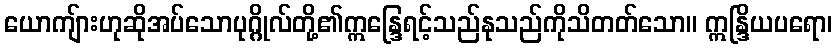
ယောကျ်ားဟုဆိုအပ်သောပုဂ္ဂိုလ်တို့၏ဣန္ဒြေရင့်သည်နုသည်ကိုသိတတ်သော။ ဣန္ဒြိယပရော၊